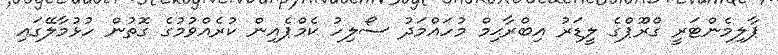
ޕާލިމެންޓަރީ ގްރޫޕްގެ ލީޑަރު އިބްރާޙިމް މުހައްމަދު ސޯލިހު ކެމްޕެއިން ކުރެއްވުމުގެ ގޮތުން ހުޅުމާލޭގައި